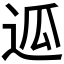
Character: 𰺶